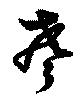
声